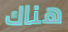
هناك